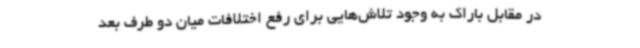
در مقابل باراک به وجود تلاش‌هایی برای رفع اختلافات میان دو طرف بعد